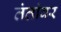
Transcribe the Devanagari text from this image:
तंतांवर